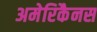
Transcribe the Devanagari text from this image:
अमेरिकैनस